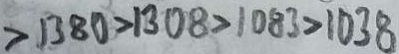
> 1 3 8 0 > 1 3 0 8 > 1 0 8 3 > 1 0 3 8